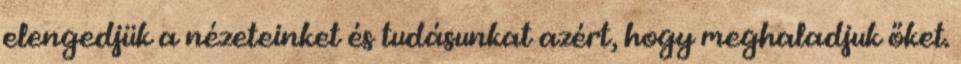
elengedjük a nézeteinket és tudásunkat azért, hogy meghaladjuk őket.